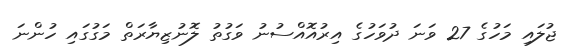
ޖުލައި މަހުގެ 27 ވަނަ ދުވަހުގެ އިރުއޮއްސުނު ވަގުތު ލޮނުޒިޔާރަތް މަގުގައި ހުންނަ